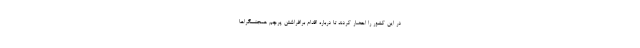
در این کشور را احضار کردند تا درباره اقدام برافراشتن پرچم همجنسگراها